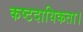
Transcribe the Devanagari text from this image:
कष्टदायिकता।